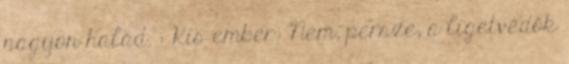
nagyon halad. : Kis ember: Nem, persze, a ligetvédők